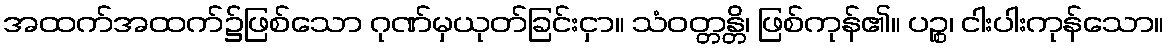
အထက်အထက်၌ဖြစ်သော ဂုဏ်မှယုတ်ခြင်းငှာ။ သံဝတ္တန္တိ၊ ဖြစ်ကုန်၏။ ပဉ္စ၊ ငါးပါးကုန်သော။